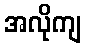
အလိုကျ